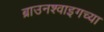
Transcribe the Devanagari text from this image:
ब्राउनश्वाइगच्या